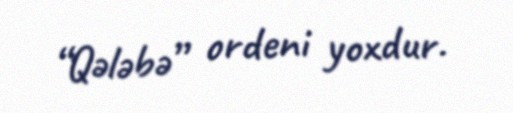
“Qələbə” ordeni yoxdur.